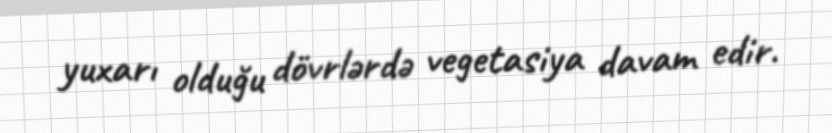
yuxarı olduğu dövrlərdə vegetasiya davam edir.